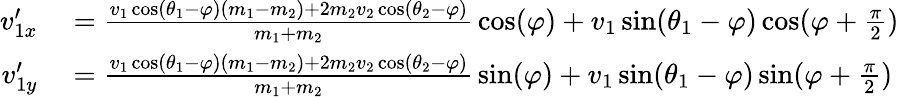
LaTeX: \begin{array}{rl}{v_{1x}^{\prime}}&{{}={\frac{v_{1}\cos(\theta_{1}-\varphi)(m_{1}-m_{2})+2m_{2}v_{2}\cos(\theta_{2}-\varphi)}{m_{1}+m_{2}}}\cos(\varphi)+v_{1}\sin(\theta_{1}-\varphi)\cos(\varphi+{\frac{\pi}{2}})}\\ {v_{1y}^{\prime}}&{{}={\frac{v_{1}\cos(\theta_{1}-\varphi)(m_{1}-m_{2})+2m_{2}v_{2}\cos(\theta_{2}-\varphi)}{m_{1}+m_{2}}}\sin(\varphi)+v_{1}\sin(\theta_{1}-\varphi)\sin(\varphi+{\frac{\pi}{2}})}\end{array}